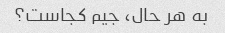
به هر حال، جیم کجاست؟